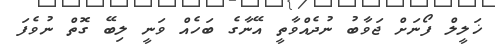
ޚަލީލް ފޯނަށް ޖަވާބު ނުދެއްވާތީ އޭނާގެ ބަހެއް ވަނީ ލިބޭ ގޮތް ނުވެފަ